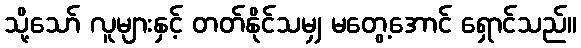
သို့သော် လူများနှင့် တတ်နိုင်သမျှ မတွေ့အောင် ရှောင်သည်။